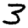
Digit: 3